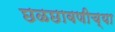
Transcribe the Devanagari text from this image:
छळछावणीच्या